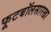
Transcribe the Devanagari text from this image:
फूटबॉलसारखा